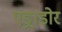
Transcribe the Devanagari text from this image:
एड्राडोर